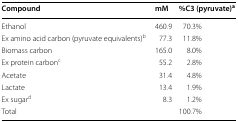
<table><thead><tr><td><b>Compound</b></td><td><b>mM</b></td><td><b>%C3 (pyruvate)<sup>a</sup></b></td></tr></thead><tbody><tr><td>Ethanol</td><td>460.9</td><td>70.3%</td></tr><tr><td>Ex amino acid carbon (pyruvate equivalents)<sup>b</sup></td><td>77.3</td><td>11.8%</td></tr><tr><td>Biomass carbon</td><td>165.0</td><td>8.0%</td></tr><tr><td>Ex protein carbon<sup>c</sup></td><td>55.2</td><td>2.8%</td></tr><tr><td>Acetate</td><td>31.4</td><td>4.8%</td></tr><tr><td>Lactate</td><td>13.4</td><td>1.9%</td></tr><tr><td>Ex sugar<sup>d</sup></td><td>8.3</td><td>1.2%</td></tr><tr><td colspan="2">Total</td><td>100.7%</td></tr></tbody></table>